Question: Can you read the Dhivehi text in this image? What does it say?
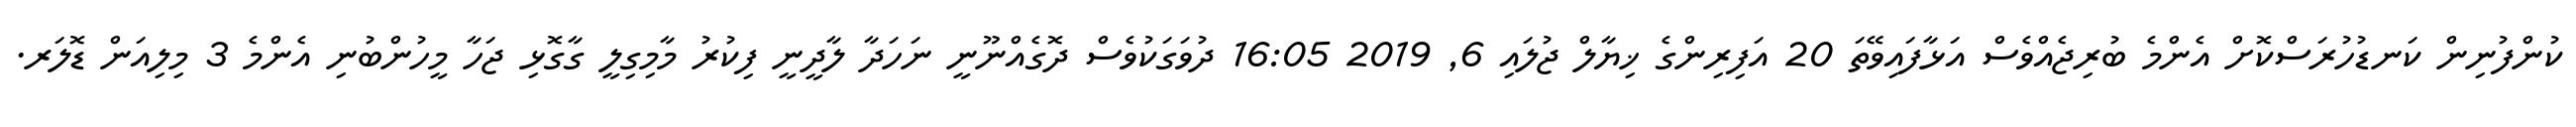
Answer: ކުންފުނިން ކަނޑުހުރަސްކޮށް އެންމެ ބުރިޖެއްވެސް އަޅާފައިވޭތަ 20 އަފިރިންގެ ޚިޔާލް ޖުލައި 6, 2019 16:05 ދުވަގަކުވެސް ދޮގެއްނޫނީ ނަހަދާ ލާދީނީ ފިކުރު މާމިގިލީ ގާގޮޅި ޖަހާ މީހުންބުނި އެންމެ 3 މިލިއަން ޑޮލަރ.